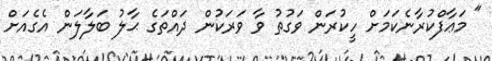
" މަޢާފްކުރާނެކަމަށް ހީކުރަން ވަގުތު ވާ ވަރަކުން ދައްތަގެ ޙާލު ބަލާލަން އެގެއަށް